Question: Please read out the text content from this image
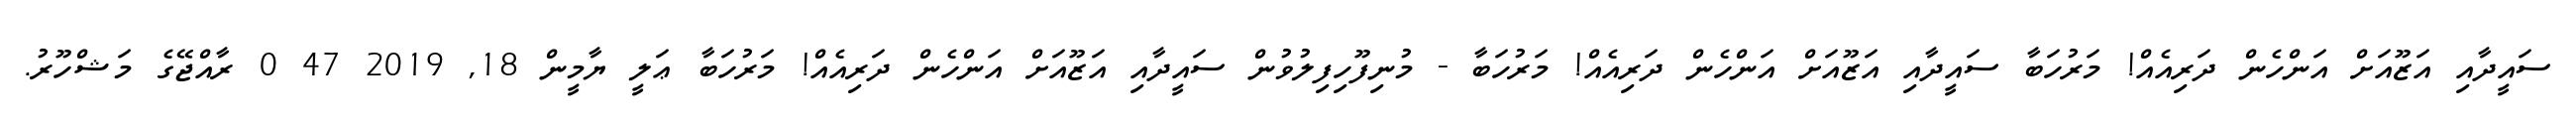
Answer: ސައީދާއި އަޒޫއަށް އަންހެން ދަރިއެއް! މަރުހަބާ ސައީދާއި އަޒޫއަށް އަންހެން ދަރިއެއް! މަރުހަބާ - މުނިފޫހިފިލުވުން ސައީދާއި އަޒޫއަށް އަންހެން ދަރިއެއް! މަރުހަބާ ޢަލީ ޔާމީން 18, 2019 47 0 ރާއްޖޭގެ މަޝްހޫރު.